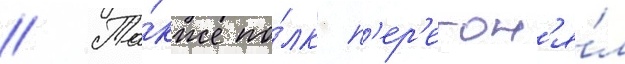
// Та́кже по́лк п'ер'егон'я́л